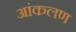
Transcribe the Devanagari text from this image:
आंकलण